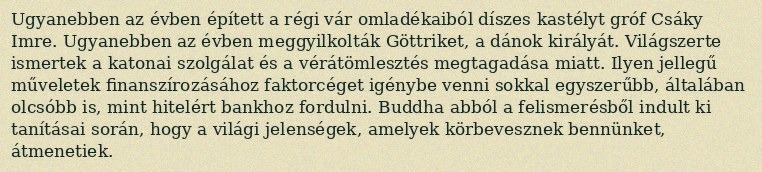
Ugyanebben az évben épített a régi vár omladékaiból díszes kastélyt gróf Csáky Imre. Ugyanebben az évben meggyilkolták Göttriket, a dánok királyát. Világszerte ismertek a katonai szolgálat és a vérátömlesztés megtagadása miatt. Ilyen jellegű műveletek finanszírozásához faktorcéget igénybe venni sokkal egyszerűbb, általában olcsóbb is, mint hitelért bankhoz fordulni. Buddha abból a felismerésből indult ki tanításai során, hogy a világi jelenségek, amelyek körbevesznek bennünket, átmenetiek.